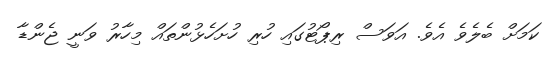
ކަމަށް ބެލެވެ އެވެ. އަވަސް ރިޕޯޓުގައި ހުރި ހުށަހެޅުންތައް މިހާރު ވަނީ ޖެންޑާ